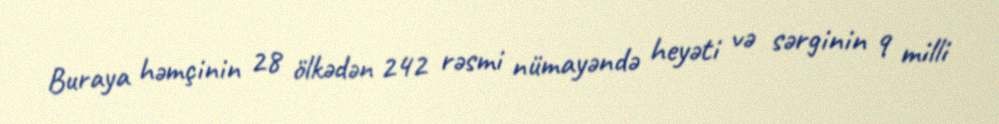
Buraya həmçinin 28 ölkədən 242 rəsmi nümayəndə heyəti və sərginin 9 milli